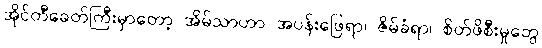
အိုင်တီခေတ်ကြီးမှာတော့ အိမ်သာဟာ အပန်းဖြေရာ၊ ဇိမ်ခံရာ၊ စိတ်ဖိစီးမှုတွေ